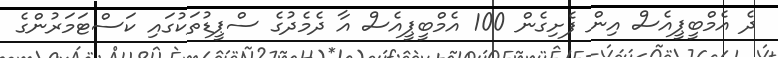
ދެ އެމްބީޕީއެސް އިން ފެށިގެން 100 އެމްބީޕީއެސް އާ ދެމެދުގެ ސްޕީޑުތަކުގައި ކަސްޓަމަރުންގެ